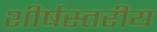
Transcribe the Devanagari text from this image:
शीर्षस्तरीय